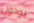
يودون